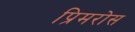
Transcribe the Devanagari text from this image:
प्रिमरोस